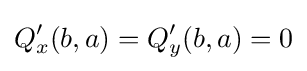
Q'_{x}(b,a)=Q'_{y}(b,a)=0